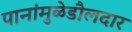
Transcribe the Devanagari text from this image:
पानांमुळेडौलदार